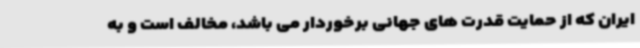
ایران که از حمایت قدرت های جهانی برخوردار می باشد، مخالف است و به